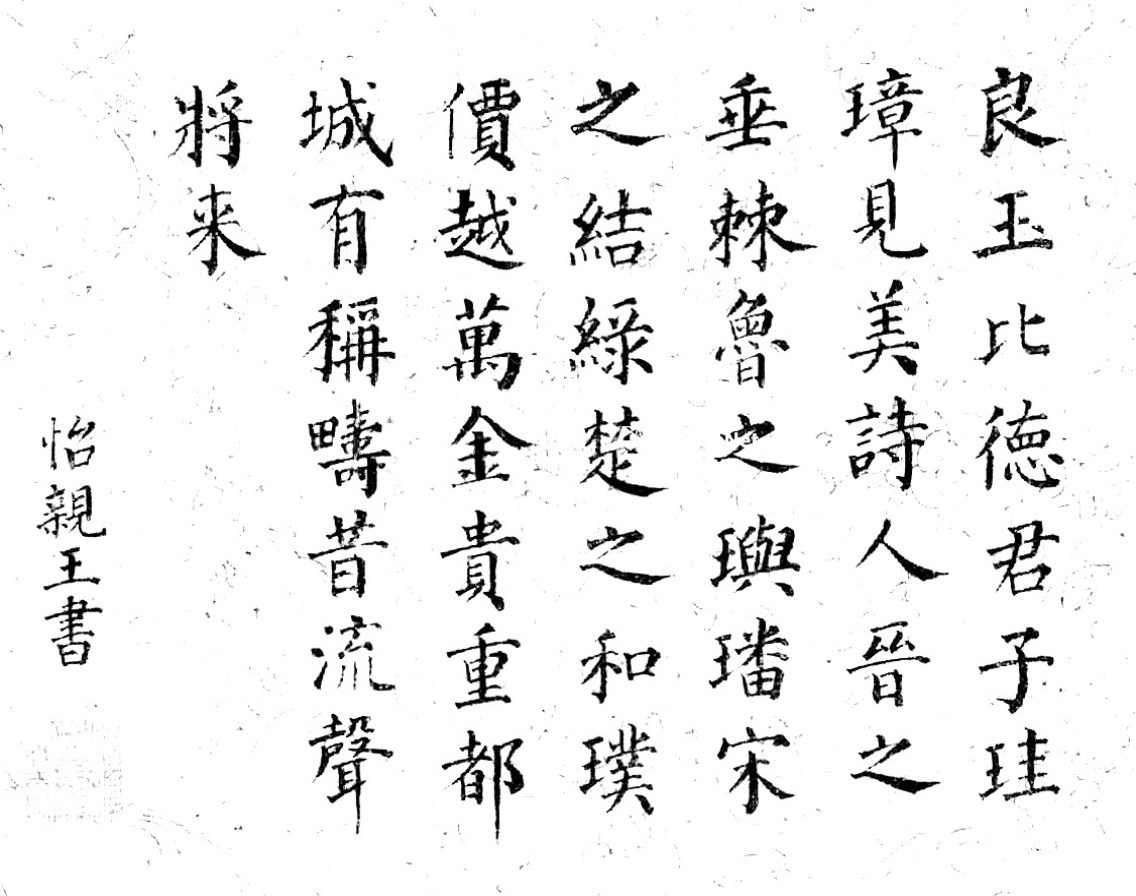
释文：良玉比德君子，珪璋见美诗人。晋之垂棘，鲁之玙璠，宋之结绿，楚之和璞。价越万金，贵重都城，有称畴昔，流声将来。怡亲王书。